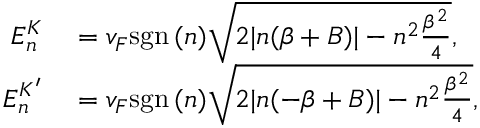
\begin{array} { r l } { E _ { n } ^ { K } } & { { } = v _ { F } \mathrm { s g n } \, ( n ) \sqrt { 2 | n ( \beta + B ) | - n ^ { 2 } \frac { \beta ^ { 2 } } { 4 } } , } \\ { E _ { n } ^ { K ^ { \prime } } } & { { } = v _ { F } \mathrm { s g n } \, ( n ) \sqrt { 2 | n ( - \beta + B ) | - n ^ { 2 } \frac { \beta ^ { 2 } } { 4 } } , } \end{array}